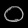
Digit: ၀